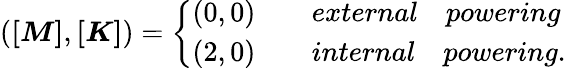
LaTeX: (\boldsymbol{[M]},\boldsymbol{[K]})=\left\{ \begin{array}{rcl}{(0,0)}&{}&{{external\quad powering}}\\ {(2,0)}&{}&{{internal\quad powering}.}\end{array}\right.